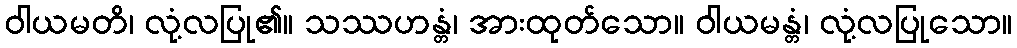
ဝါယမတိ၊ လုံ့လပြု၏။ သဿဟန္တံ၊ အားထုတ်သော။ ဝါယမန္တံ၊ လုံ့လပြုသော။